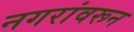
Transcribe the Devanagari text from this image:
नगरांवरून